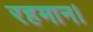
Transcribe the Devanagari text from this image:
रहमान।